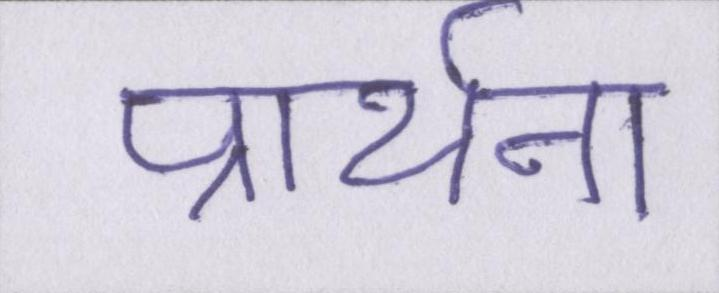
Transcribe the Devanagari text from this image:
प्रार्थना